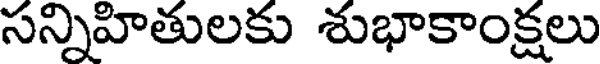
సన్నిహితులకు శుభాకాంక్షలు